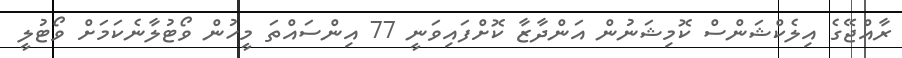
ރާއްޖޭގެ އިލެކްޝަންސް ކޮމިޝަނުން އަންދާޒާ ކޮށްފައިވަނީ 77 އިންސައްތަ މީހުން ވޯޓުލާނެކަމަށް ވޯޓުލީ